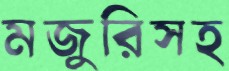
মজুরিসহ